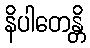
နိပါတေန္တိ